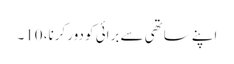
اپنے ساتھی سے برائی کو دور کرنا، 10۔